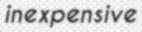
inexpensive